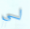
لي